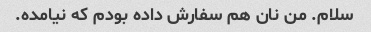
سلام. من نان هم سفارش داده بودم که نیامده.